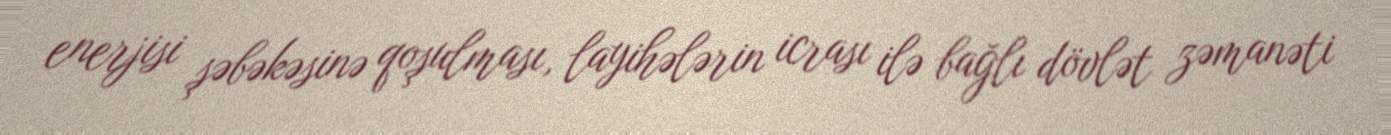
enerjisi şəbəkəsinə qoşulması, layihələrin icrası ilə bağlı dövlət zəmanəti